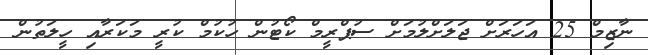
ނާޒިމް 25 އަހަރަށް ޖަލަށްލުމަށް ސުޕްރީމް ކޯޓުން ހުކުމް ކުރީ މަކަރާއި ހީލަތުން